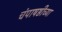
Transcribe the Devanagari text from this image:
चंपाषष्ठीच्या